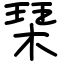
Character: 琹